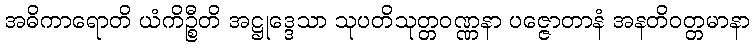
အဓိကာရောတိ ယံကိဉ္စီတိ အဋ္ဌုဒ္ဒေသာ သုပတိသုတ္တဝဏ္ဏနာ ပဇ္ဇောတာနံ အနတိဝတ္တမာနာ